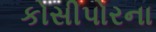
કોસીપોરના